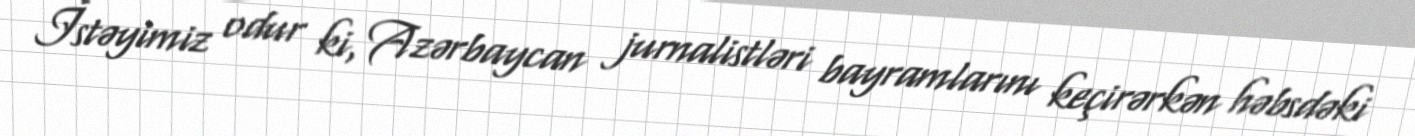
İstəyimiz odur ki, Azərbaycan jurnalistləri bayramlarını keçirərkən həbsdəki